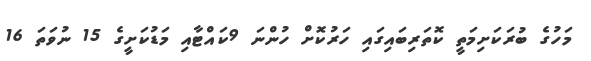
މަހުގެ ބުރަކަށިމަތީ ކޮތަރިބައިގައި ހަރުކޮށް ހުންނަ 9ކައްޓާއި މަޑުކަށީގެ 15 ނުވަތަ 16